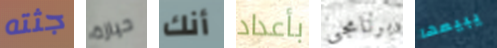
جثته حيازة أنك بأعداد برنامجي يبيعها